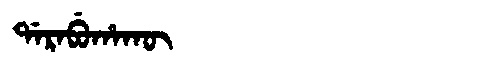
Manchu: ᡩᠠᡵᠠᠪᡠᡥᠠᡴᡡ
Romanization: DARABUHAKŪ